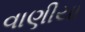
વાણીયા